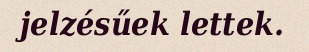
jelzésűek lettek.